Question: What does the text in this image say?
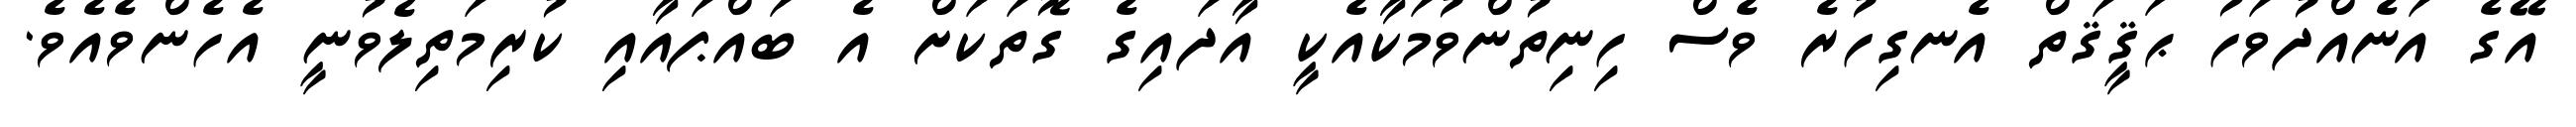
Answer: އޭގެ އަނެއްދުވަހު ޙަޤީޤަތް އެނގިހުރެ ވެސް ހިނިތުންވުމަކާއެކީ އާދައިގެ ގޮތަކަށް އެ ބައްޕައާއި ކުރިމަތިލެވުނީ އެހެންވެއެވެ.